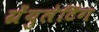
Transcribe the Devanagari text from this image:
ग्रेंयुलेटिंग